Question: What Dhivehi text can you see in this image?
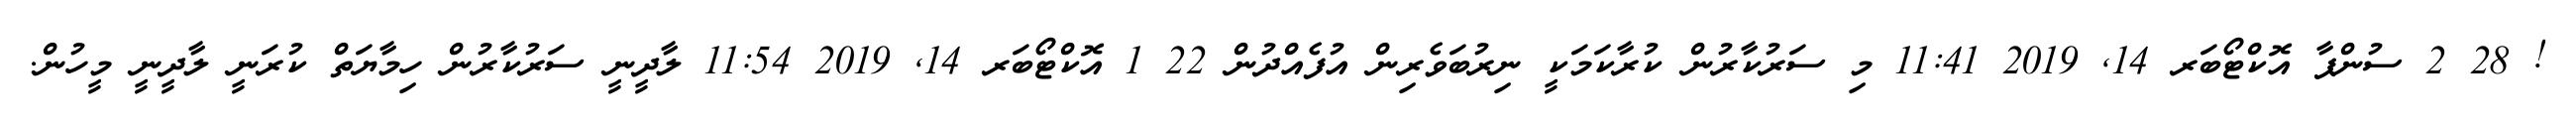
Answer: ! 28 2 ސުންޕާ އޮކްޓޯބަރ 14, 2019 11:41 މި ސަރުކާރުން ކުރާކަމަކީ ނިރުބަވެރިން އުފެއްދުން 22 1 އޮކްޓޯބަރ 14, 2019 11:54 ލާދީނީ ސަރުކާރުން ހިމާޔަތް ކުރަނީ ލާދީނީ މީހުން.